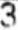
3